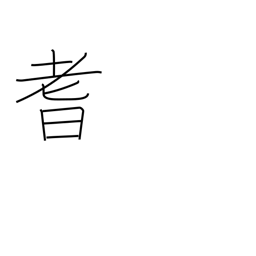
Meaning: senility